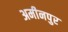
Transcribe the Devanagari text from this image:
अमीनपुर